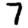
Digit: 7